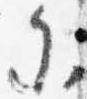
参